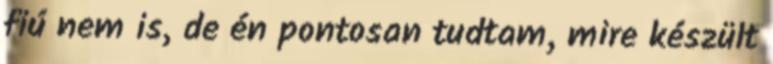
fiú nem is, de én pontosan tudtam, mire készült